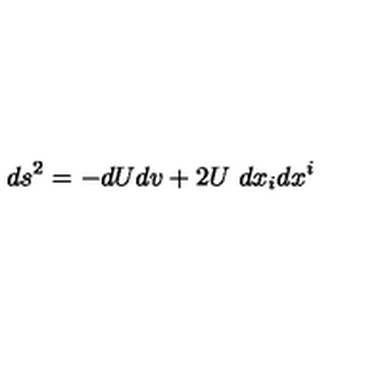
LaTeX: d s ^ { 2 } = - d U d v + 2 U \ d x _ { i } d x ^ { i }